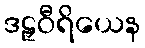
ဒဠှဝီရိယေန